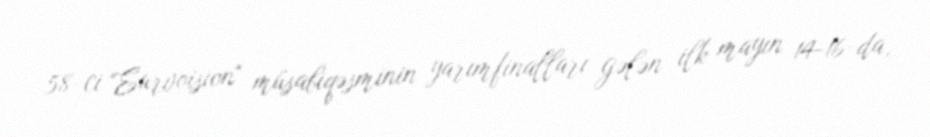
58-ci "Eurvoision" müsabiqəsminin yarımfinalları gələn ilk mayın 14-16-da,